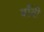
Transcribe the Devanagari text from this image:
बाँवी